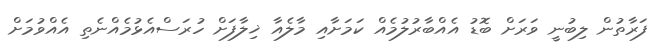
ފަރާތުން ލިބުނީ ވަރަށް ބޮޑު އެއްބާރުލުމެއް ކަމަށާއި މާލެއާ ޚިލާފަށް ހުރަސްއެޅުމެއްނެތި އެއްވުމަށް